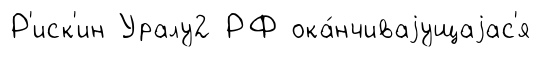
Р'иск'ин Уралу2 РФ ока́нчиваjущаjас'я